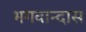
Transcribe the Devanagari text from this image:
भगवान्दास